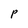
Character: P